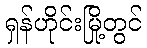
ရှန်ဟိုင်းမြို့တွင်